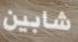
شابين